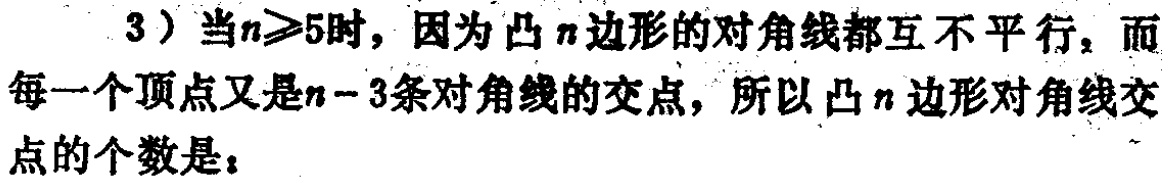
3）当\(n\geqslant5\)时，因为凸\(n\)边形的对角线都互不平行，而每一个顶点又是\(n - 3\)条对角线的交点，所以凸\(n\)边形对角线交点的个数是：